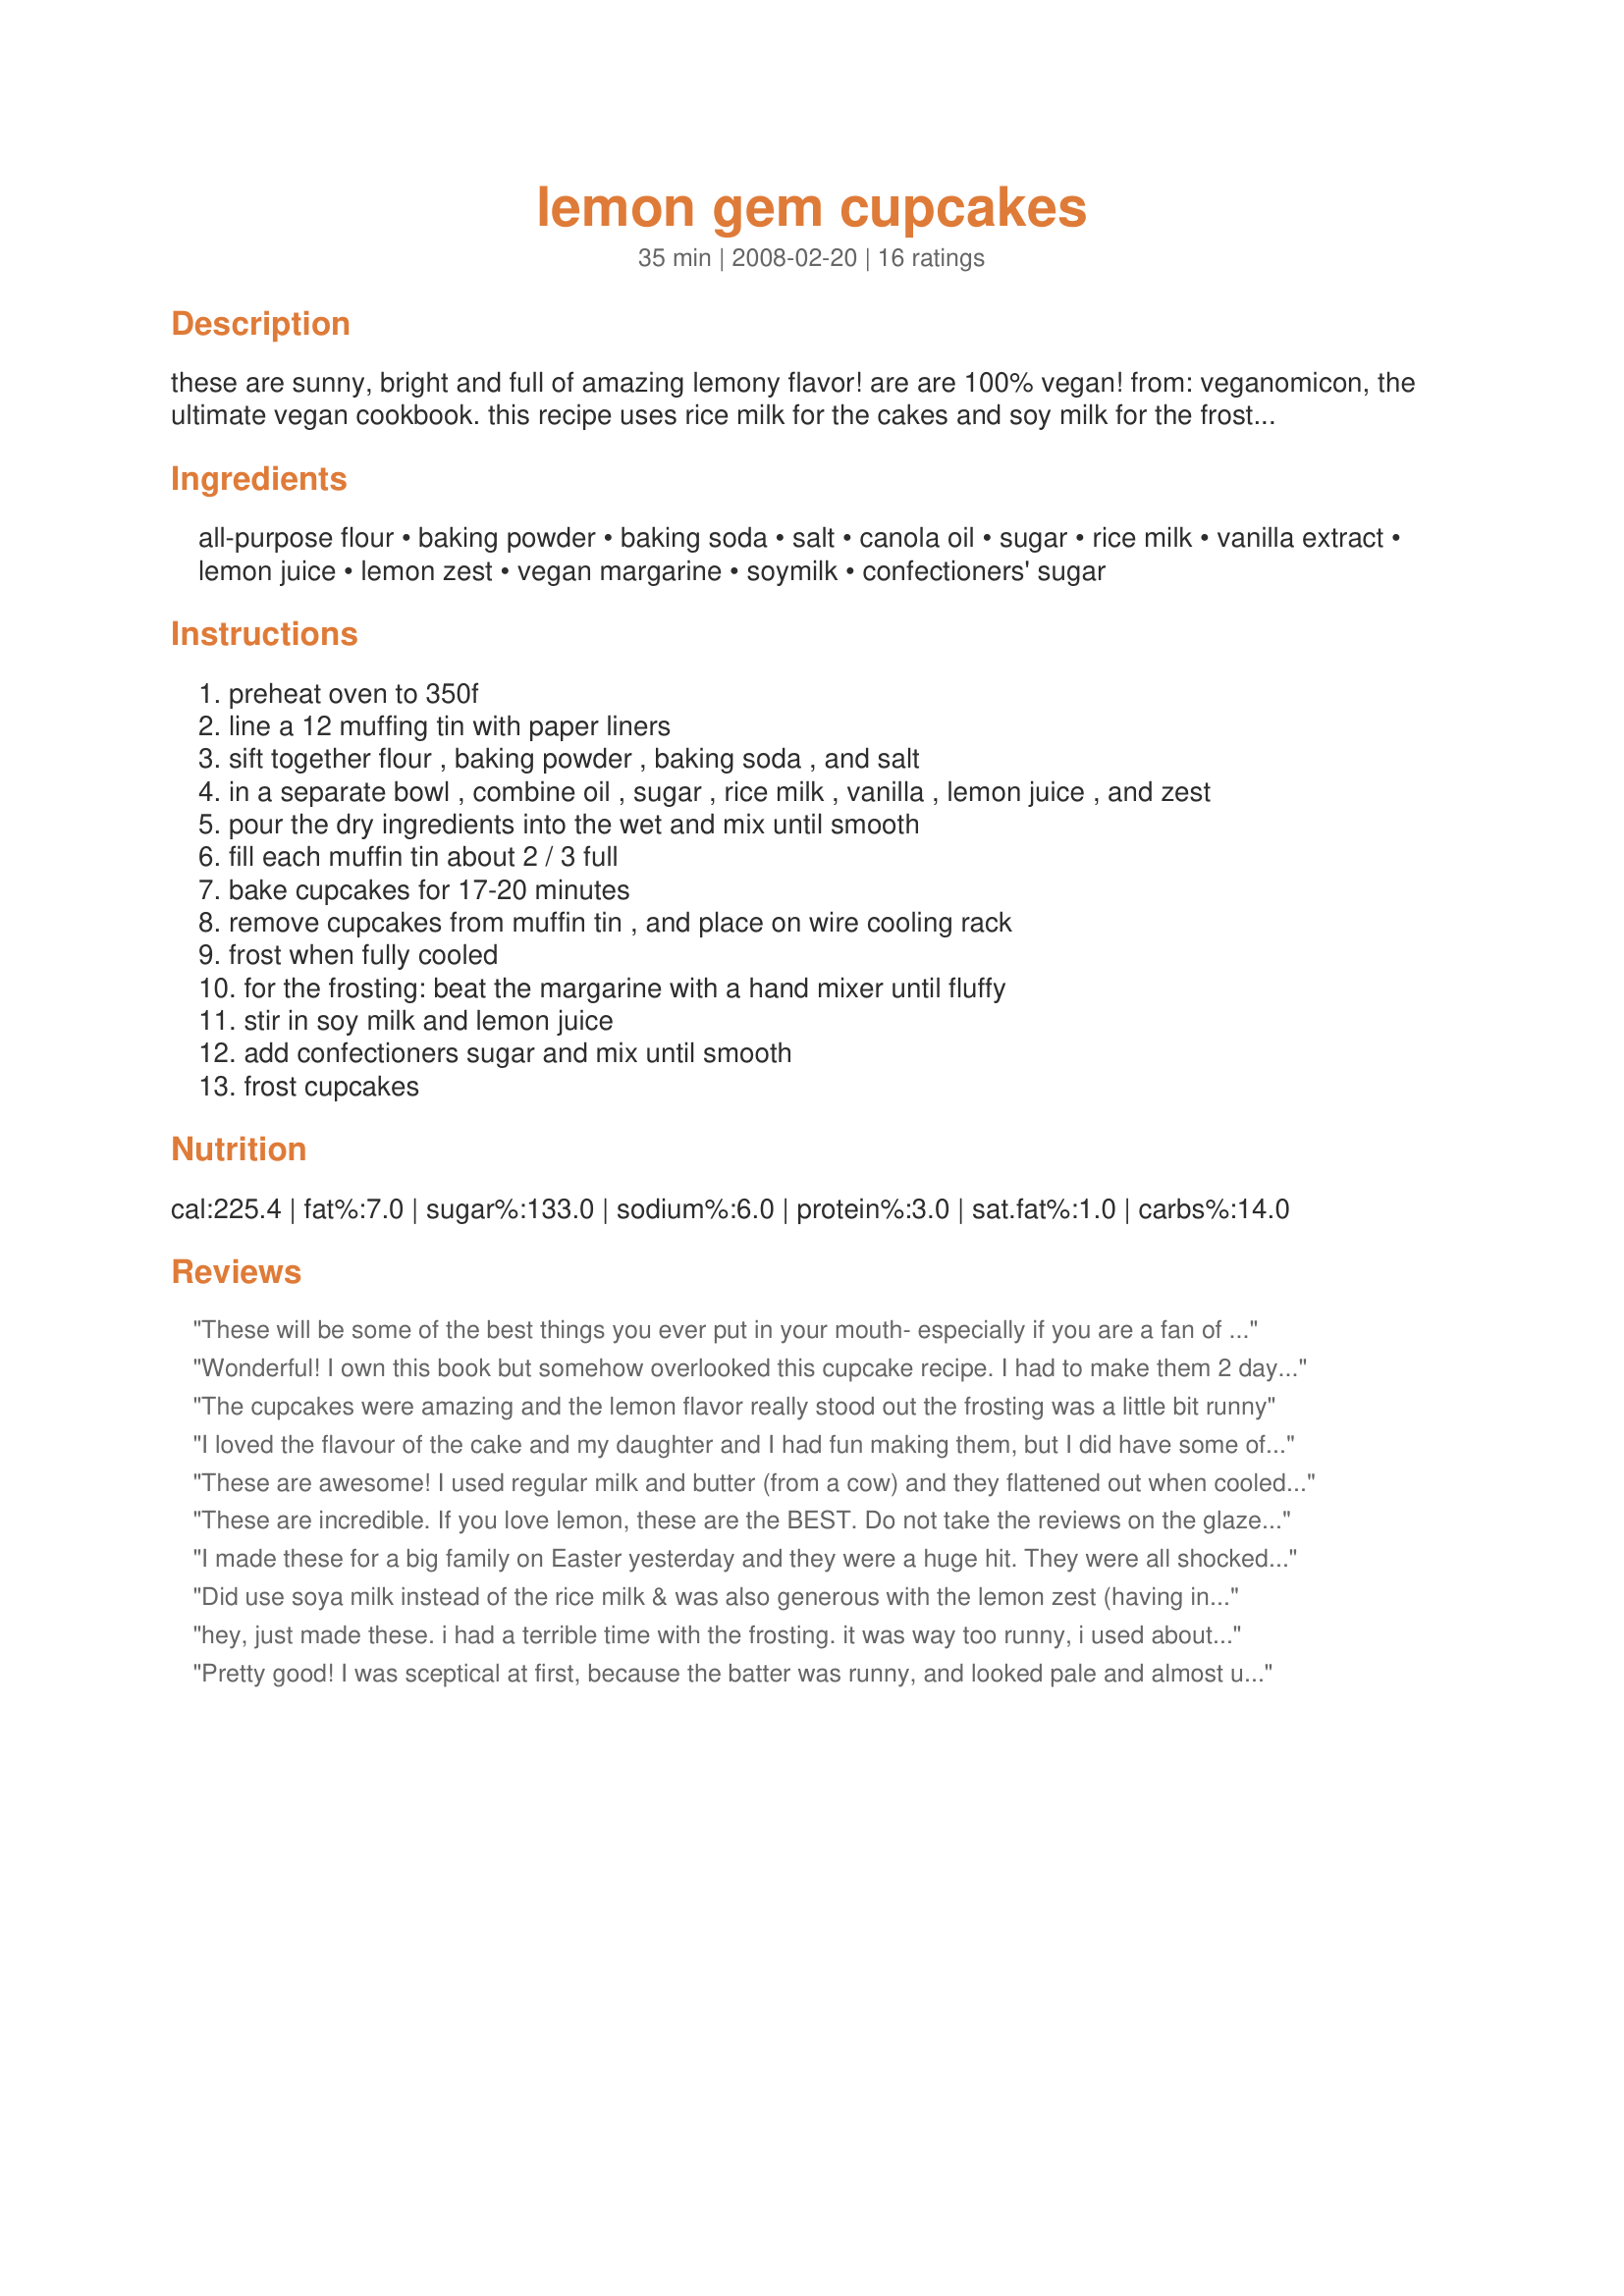
lemon gem cupcakes
Preparation time: 35 minutes

these are sunny, bright and full of amazing lemony flavor! are are 100% vegan! from: veganomicon, the ultimate vegan cookbook. this recipe uses rice milk for the cakes and soy milk for the frosting. i have made them using soy milk in both, and they turned out just fine!

Ingredients:
all-purpose flour, baking powder, baking soda, salt, canola oil, sugar, rice milk, vanilla extract, lemon juice, lemon zest, vegan margarine, soymilk, confectioners' sugar

Steps:
preheat oven to 350f
line a 12 muffing tin with paper liners
sift together flour , baking powder , baking soda , and salt
in a separate bowl , combine oil , sugar , rice milk , vanilla , lemon juice , and zest
pour the dry ingredients into the wet and mix until smooth
fill each muffin tin about 2 / 3 full
bake cupcakes for 17-20 minutes
remove cupcakes from muffin tin , and place on wire cooling rack
frost when fully cooled
for the frosting: beat the margarine with a hand mixer until fluffy
stir in soy milk and lemon juice
add confectioners sugar and mix until smooth
frost cupcakes

Reviews:
These will be some of the best things you ever put in your mouth- especially if you are a fan of lemony cakes. They are just divine, while at the same time, still light. I took these to work once and all of my milk and cream loving co-workers just swooned over them. You don't have to be vegan to love these!
Wonderful! I own this book but somehow overlooked this cupcake recipe. I had to make them 2 days ahead of time because I was going out of town. They were still moist and delicious on the day we ate them. A few people asked me what was in them (because they knew there were no eggs...but didn't realize they were vegan). They were impressed that obviously you don't have to ues dairy to produce delicious treats like these. Thanks Kozmic - I love lemon, these don't disappoint and they're easy to make. Made for Veg*n Swap Apr10.
The cupcakes were amazing and the lemon flavor really stood out the frosting was a little bit runny
I loved the flavour of the cake and my daughter and I had fun making them, but I did have some of the same issues that other people had. My cakes stuck badly to the paper and the icing is insanely runny. I would advise not to even waste you time with the icing.
These are awesome! I used regular milk and butter (from a cow) and they flattened out when cooled. This did not take away from anything. I added a few tablespoons of milk to the frosting and whipped it for several minutes. The result is a great lemony cupcake. Will be making these again! :)
These are incredible. If you love lemon, these are the BEST. Do not take the reviews on the glaze being runny too seriously. Just dust with powdered sugar, do not pass these by. Awesome!!!
I made these for a big family on Easter yesterday and they were a huge hit. They were all shocked they were vegan and so very light. The cake turned out perfect, light and mild in lemon flavor. The icing was a no go the first time as it separated and went clumpy when I followed the directions to the letter. I remade the icing by mixing the sugar with just a little milk, adding vanilla and more margarine. I figured the lemon was causing the separation so I omitted that. The result was a regular vanilla buttercream atop a delicious lemon cake. Will definitely make them again!
Did use soya milk instead of the rice milk & was also generous with the lemon zest (having included some in the frosting, as well), since I do like the taste of lemon! These cupcakes are just as indicated, GEMS, in every sense of the word! Thanks for a tasty, healthy keeper! [Tagged, made & reviewed for a teammate in my vegan group in the Vegetarian/Vegan Recipe Swap]
hey, just made these. i had a terrible time with the frosting. it was way too runny, i used about 5 cups of powdered sugar, still pretty thin, but i used it to frost them. they're in the freezer now, trying to firm up. looking forward to tasting them, i love lemon! i will eliminate the milk in the frosting next time..
Pretty good! I was sceptical at first, because the batter was runny, and looked pale and almost unappetising after cooked. But I gave it a chance, and dressed it up with frosting to look pretty. The cake was actually really delicious, light and almost refreshing.
THIS WAS TERRIBLE. Me and my friend made them and they were dry, bland and needed a lot more sugar they were so bitter
These really didn't turn out all that good for me. I made mini cupcakes and they stuck so bad to the liners that you barely got any cupcake at all. I added 5 T sugar total to the batter because it wasn't sweet enough and was too tart. The icing was WAY too runny! I added more powdered sugar but it was still too runny to work. They're edible but not the best vegan baked good I've tasted.
and, when i did make these as cupcakes a few different times, they were TOO DIE FOR!!! i & my fam (none of whom are vegan) are HUGE lemon fans & these were INCREDIBLE!!!
Thank you for a delicious lemon cupcake. It is very light and
delicate and not to sweet.
I used soymilk instead of rice milk, and a bit of lemon extract to enhance the flavor. These
cupcakes will certainly be a 
treat with a cup of afternoon
tea!
These are absolutely amazing!! I think I&#039;m addicted, and this is my new favourite cupcake!
These turned out amazing. I actually saw this recipe in one of Isa Chandra’s recipe books but I always like to look at reviews before I make things so here I am. I saw good reviews so I tried it out and they were perfect. I sprayed the cupcake liners to make sure they wouldn’t stick. Also, to the people that say the frosting is too runny- it’s actually supposed to be runny. In the recipe book with the cupcake recipe, there’s a picture of them and the frosting is runny and looks more like a glaze. Here’s a picture of how they are supposed to look like.
